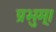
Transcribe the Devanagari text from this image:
प्रभुम्।